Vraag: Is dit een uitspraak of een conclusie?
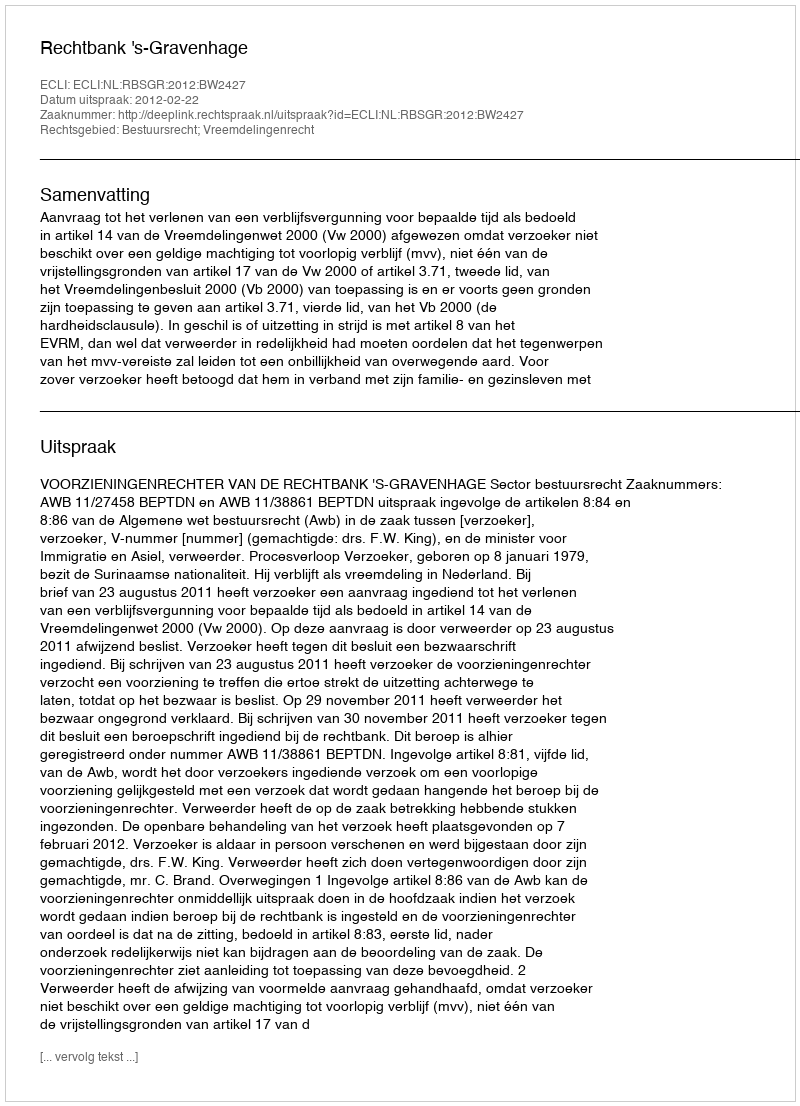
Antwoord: Uitspraak